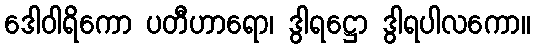
ဒေါဝါရိကော ပတီဟာရော၊ ဒွါရဋ္ဌော ဒွါရပါလကော။